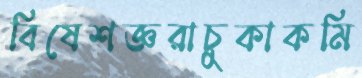
বিষেশজ্ঞরাচুকাকমি